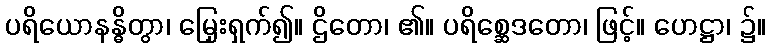
ပရိယောနန္ဓိတွာ၊ မြှေးရှက်၍။ ဌိတော၊ ၏။ ပရိစ္ဆေဒတော၊ ဖြင့်။ ဟေဋ္ဌာ၊ ၌။